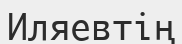
Иляевтің